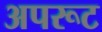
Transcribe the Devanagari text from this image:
अपरूट